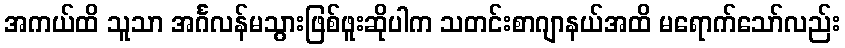
အကယ်ထိ သူသာ အင်္ဂလန်မသွားဖြစ်ဖူးဆိုပါက သတင်းစာဂျာနယ်အထိ မရောက်သော်လည်း